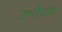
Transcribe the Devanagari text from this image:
उपोदय